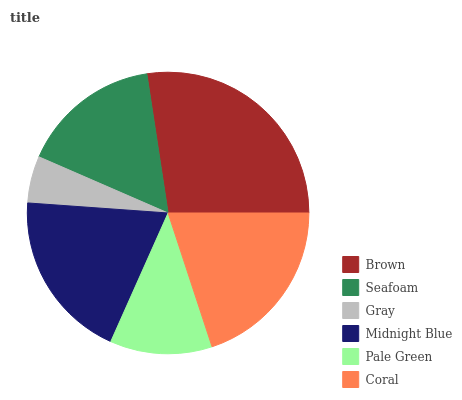
| Brown | Seafoam | Gray | Midnight Blue | Pale Green | Coral |
 | --- | --- | --- | --- | --- | --- |
 | 27.4% | 16.1% | 5.39% | 19.4% | 11.7% | 19.9% |